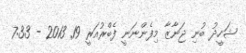
ޝަހީދު ބުނި ޖަނާޒާ މިފެންނަނީ ފެބްރުއަރީ 19